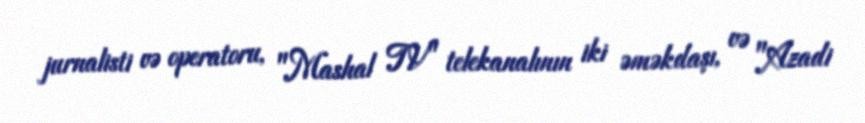
jurnalisti və operatoru, "Mashal TV" telekanalının iki əməkdaşı, və "Azadi